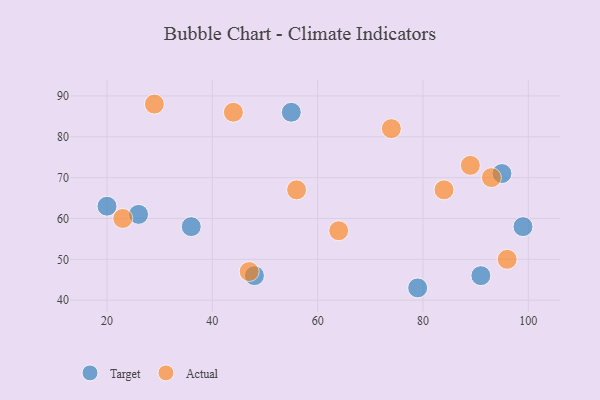
{"axis": {"x": "GDP", "y": "Life Expectancy"}, "legend": ["Actual", "Target"], "data": [{"x": "20", "y": 63, "type": "Target"}, {"x": "26", "y": 61, "type": "Target"}, {"x": "48", "y": 46, "type": "Target"}, {"x": "91", "y": 46, "type": "Target"}, {"x": "95", "y": 71, "type": "Target"}, {"x": "79", "y": 43, "type": "Target"}, {"x": "55", "y": 86, "type": "Target"}, {"x": "99", "y": 58, "type": "Target"}, {"x": "36", "y": 58, "type": "Target"}, {"x": "89", "y": 73, "type": "Actual"}, {"x": "47", "y": 47, "type": "Actual"}, {"x": "93", "y": 70, "type": "Actual"}, {"x": "74", "y": 82, "type": "Actual"}, {"x": "23", "y": 60, "type": "Actual"}, {"x": "64", "y": 57, "type": "Actual"}, {"x": "29", "y": 88, "type": "Actual"}, {"x": "84", "y": 67, "type": "Actual"}, {"x": "96", "y": 50, "type": "Actual"}, {"x": "56", "y": 67, "type": "Actual"}, {"x": "44", "y": 86, "type": "Actual"}]}